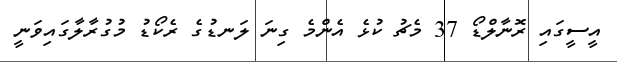
އީސީގައި ރޮނާލްޑޯ 37 މެޗު ކުޅެ އެންމެ ގިނަ ލަނޑުގެ ރެކޯޑު މުގުރާލާގައިވަނީ